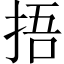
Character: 捂